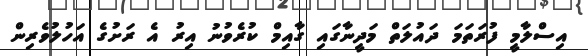
އިސްލާމީ ފުރަތަމަ ދައުލަތް މަދީނާގައި ގާއިމް ކުރެވުނު އިރު އެ ރަށުގެ އަހުލުވެރިން